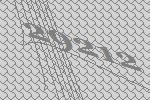
29212